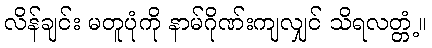
လိန်ချင်း မတူပုံကို နာမ်ဂိုဏ်းကျလျှင် သိရလတ္တံ့။